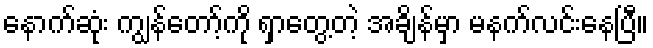
နောက်ဆုံး ကျွန်တော့်ကို ရှာတွေ့တဲ့ အချိန်မှာ မနက်လင်းနေပြီ။